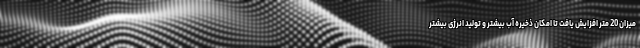
میزان 20 متر افزایش یافت تا امکان ذخیره آب بیشتر و تولید انرژی بیشتر